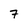
Character: 7